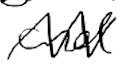
Text: and
Cross-out: zig-zag
Writing tool: digital_black